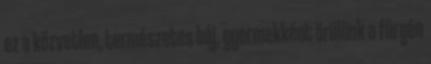
ez a közvetlen, természetes báj, gyermekként örülünk a fürgén